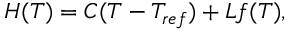
H ( T ) = C ( T - T _ { r e f } ) + L f ( T ) ,